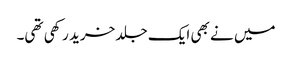
میں نے بھی ایک جلد خرید رکھی تھی۔